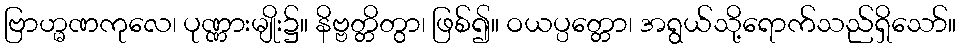
ဗြာဟ္မဏကုလေ၊ ပုဏ္ဏားမျိုး၌။ နိဗ္ဗတ္တိတွာ၊ ဖြစ်၍။ ဝယပ္ပတ္တော၊ အရွယ်သို့ရောက်သည်ရှိသော်။